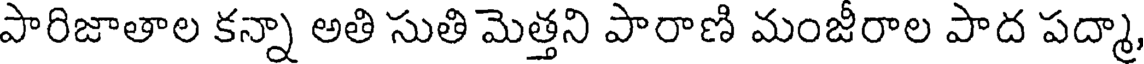
పారిజాతాల కన్నా అతి సుతి మెత్తని పారాణి మంజీరాల పాద పద్మా